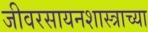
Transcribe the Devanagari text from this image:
जीवरसायनशास्त्राच्या